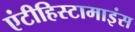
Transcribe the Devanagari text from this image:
एंटीहिस्टामाइंस